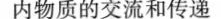
内物质的交流和传递